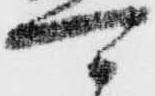
可